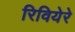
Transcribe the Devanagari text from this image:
रिवियेरे